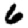
Digit: 6